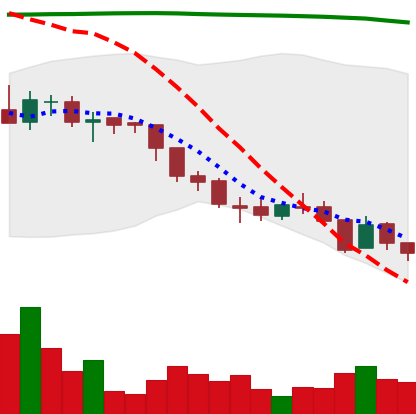
Ticker: ADA-USD
Chart end date: 2018-08-11
Forward return: -15.215%
Label: down_7plus